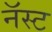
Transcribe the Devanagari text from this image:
नॅस्ट